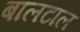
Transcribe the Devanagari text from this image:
बालटाल